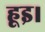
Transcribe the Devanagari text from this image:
हूइ।